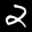
Label: 2